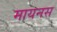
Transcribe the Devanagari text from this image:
मायनस